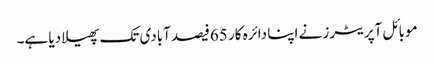
موبائل آپریٹرز نے اپنا دائرہ کار 65فیصد آبادی تک پھیلا دیا ہے۔